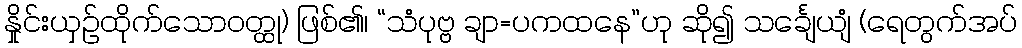
နှိုင်းယှဉ်ထိုက်သောဝတ္ထု) ဖြစ်၏၊ “သံပုဗ္ဗ ချာ=ပကထနေ”ဟု ဆို၍ သင်္ချေယျံ (ရေတွက်အပ်